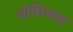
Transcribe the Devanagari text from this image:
जोशिय्याह